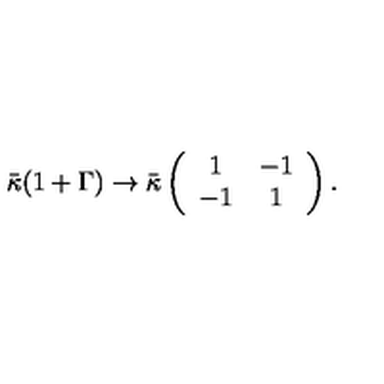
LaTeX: \bar { \kappa } ( 1 + \Gamma ) \to \bar { \kappa } \left( \begin{array} { c c } { 1 } & { - 1 } \\ { - 1 } & { 1 } \\ \end{array} \right) .